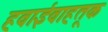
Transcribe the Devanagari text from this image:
हवाईवाहतूक